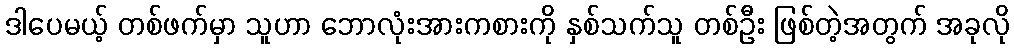
ဒါပေမယ့် တစ်ဖက်မှာ သူဟာ ဘောလုံးအားကစားကို နှစ်သက်သူ တစ်ဦး ဖြစ်တဲ့အတွက် အခုလို